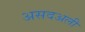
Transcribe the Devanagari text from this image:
असदअली